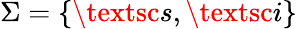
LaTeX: \Sigma=\{ \textsc{s},\textsc{i}\}